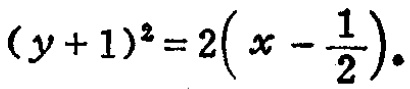
\((y + 1)^2 = 2\left(x - \frac{1}{2}\right)\)